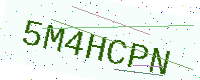
Text: 5M4HCPN